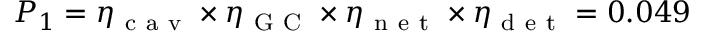
P _ { 1 } = \eta _ { \mathrm { ~ c ~ a ~ v ~ } } \times \eta _ { \mathrm { ~ G ~ C ~ } } \times \eta _ { \mathrm { ~ n ~ e ~ t ~ } } \times \eta _ { \mathrm { ~ d ~ e ~ t ~ } } = 0 . 0 4 9